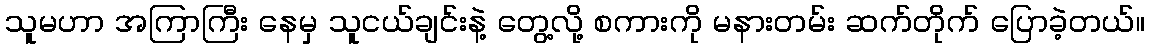
သူမဟာ အကြာကြီး နေမှ သူငယ်ချင်းနဲ့ တွေ့လို့ စကားကို မနားတမ်း ဆက်တိုက် ပြောခဲ့တယ်။